Civil Veterinary Dept. Bombay admin report 1932-41 - 1932-1941
Year: 1932
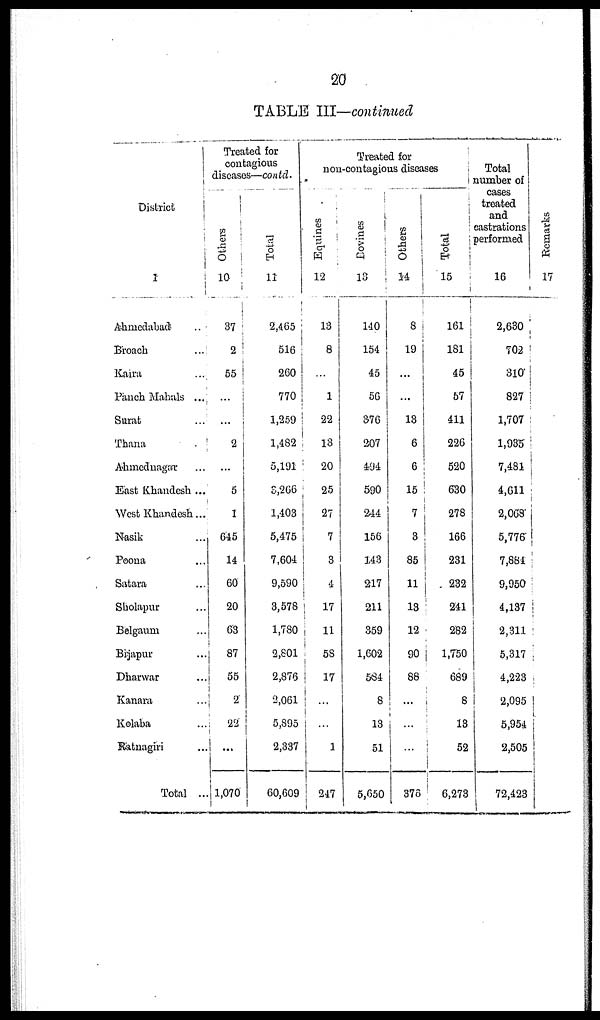
20
TABLE III—continued
Districts
1
Ahmedabad ...
Broach
Kaira ...
Panch Mahals ...
Sarat ...
Thana
Ahmednagar ...
East Khandesh ...
West Khandesh ...
Nasik ...
Poona ...
Satara ...
Sholapur ...
Belgaum ...
Bijapur ...
Dharwar ...
Kanara ...
Kolaba ...
Ratnagiri ...
Total ...
Treated for
contagious
diseases—contd.
Others
10
37
2
55
…
...
2
...
5
1
645
14
60
20
63
87
55
2
22
...
1,070
Total
11
2,465
516
260
770
1,259
1,482
5,191
3,266
1,403
5,475
7,604
9,590
3,578
1,780
2,801
2,876
2,061
5,895
2,337
60,609
Treated for
non-contagious diseas
Equines
12
13
8
…
1
22
13
20
25
27
7
3
4
17
11
58
17
...
…
1
247
Bovines
13
140
154
45
56
376
207
494
590
244
156
143
217
211
359
1,602
584
8
13
51
5,650
Others
14
8
19
...
...
13
6
6
15
7
3
85
11
18
12
90
88
...
…
…
376
Total
15
161
181
45
67
411
226
520
630
278
166
231
232
241
282
1,750
689
8
13
52
6,273
Total
number of
cases
treated
and
castrations
performed
16
2,630
702
310
827
1,707
1,935
7,481
4,611
2,068
5,776
7,884
9,950
4,137
2,311
5,317
4,223
2,095
5,954
2,505
72,423
Remarks
17